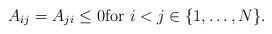
LaTeX: \begin{align*} A_{ij}=A_{ji} \leq 0 \mbox{for } i< j \in \{1, \ldots, N \}. \end{align*}